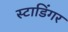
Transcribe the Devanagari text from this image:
स्टाडिंगर